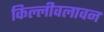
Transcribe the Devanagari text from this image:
किल्लीवलावन